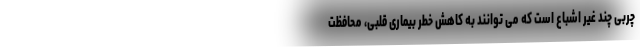
چربی چند غیر اشباع است که می توانند به کاهش خطر بیماری قلبی، محافظت